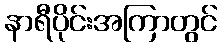
နာရီပိုင်းအကြာတွင်